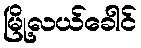
မြို့လယ်ခေါင်